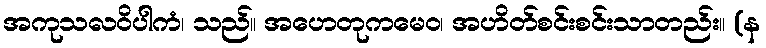
အကုသလဝိပါကံ၊ သည်။ အဟေတုကမေဝ၊ အဟိတ်စင်းစင်းသာတည်း။ (န